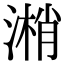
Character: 𣻘